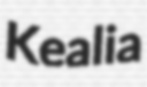
Kealia